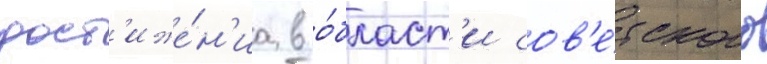
дост'иже́н'иа в о́бласт'и сов'е́тского